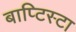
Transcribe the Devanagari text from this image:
बाप्टिस्टा